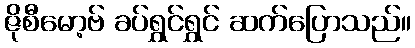
ဇိုစီမော့ဗ် ခပ်ရွှင်ရွှင် ဆက်ပြောသည်။